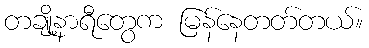
တချို့နာရီတွေက မြန်နေတတ်တယ်။